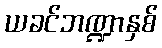
ယခင်ဘဏ္ဍာနှစ်